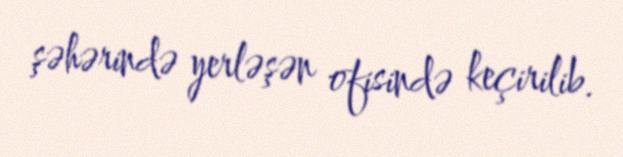
şəhərində yerləşən ofisində keçirilib.